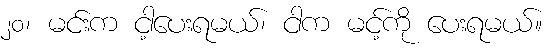
၂၀၊ မင်းက ငါ့ပေးရမယ်၊ ငါက မင့်ကို ပေးရမယ်။